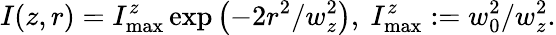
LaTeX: I(z,r)=I_{\operatorname*{max}}^{z}\exp\left(-2r^{2}/w_{z}^{2}\right),~I_{\operatorname*{max}}^{z}:=w_{0}^{2}/w_{z}^{2}.